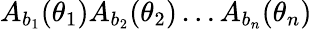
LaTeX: A_{b_{1}}(\theta_{1})A_{b_{2}}(\theta_{2})\dots A_{b_{n}}(\theta_{n})